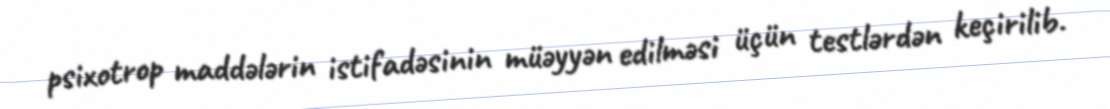
psixotrop maddələrin istifadəsinin müəyyən edilməsi üçün testlərdən keçirilib.